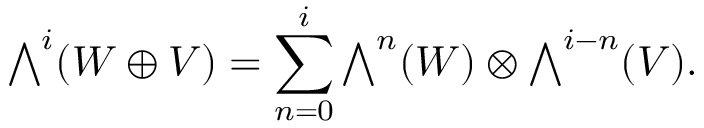
{ \textstyle \bigwedge ^ { i } } ( W \oplus V ) = \sum _ { n = 0 } ^ { i } { \textstyle \bigwedge ^ { n } ( W ) \otimes \bigwedge ^ { i - n } } ( V ) .